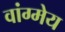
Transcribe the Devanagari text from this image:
वांग्मेय